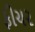
ફીચર